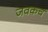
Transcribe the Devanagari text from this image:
जवकच